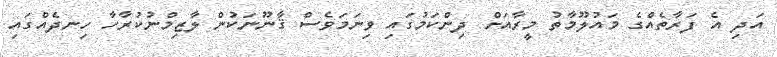
އަދި އެ ފަރާތެއްގެ މައުލޫމާތު މީރާއަށް ދިންކަމުގައި ވިނަމަވެސް ޤާނޫނަކުން ލާޒިމްނުކުރާހާ ހިނދެއްގައި